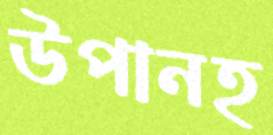
উপানহ